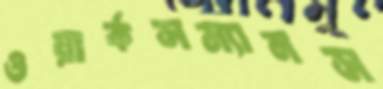
ওয়ার্কসম্যানস